Annual report of the Madras Medical College
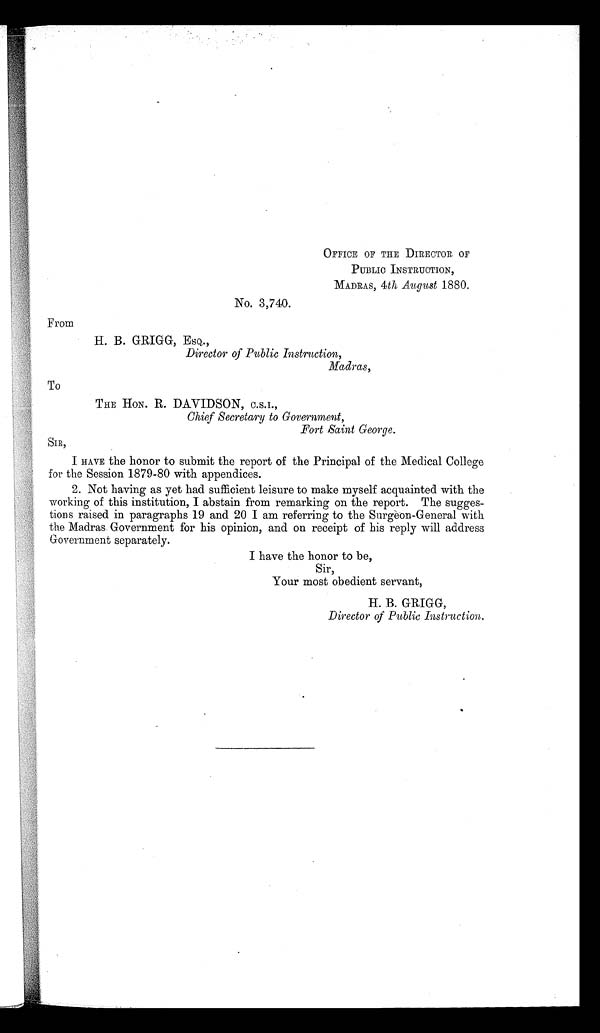
OFFICE OF THE DIRECTOR OF
PUBLIC INSTRUCTION,
MADRAS, 4th August 1880.
No. 3,740.
From
H. B. GRIGG, ESQ.,
Director of Public Instruction,
Madras,
To
THE HON. R. DAVIDSON, C.S.I.,
Chief Secretary to Government,
Fort Saint George.
SIR,
I HAVE the honor to submit the report of the Principal of the Medical College
for the Session 1879-80 with appendices.
2. Not having as yet had sufficient leisure to make myself acquainted with the
working of this institution, I abstain from remarking on the report. The sugges-
tions raised in paragraphs 19 and 20 I am referring to the Surgeon-General with
the Madras. Government for his opinion, and on receipt of his reply will address
Government separately.
Sir.
Your most obedient servant,
Director of Public Instruction.